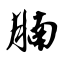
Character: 腩